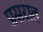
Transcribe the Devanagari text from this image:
प्रसरात